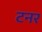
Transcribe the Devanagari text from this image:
टनर